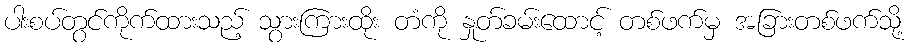
ပါးစပ်တွင်ကိုက်ထားသည့် သွားကြားထိုး တံကို နှုတ်ခမ်းထောင့် တစ်ဖက်မှ အခြားတစ်ဖက်သို့